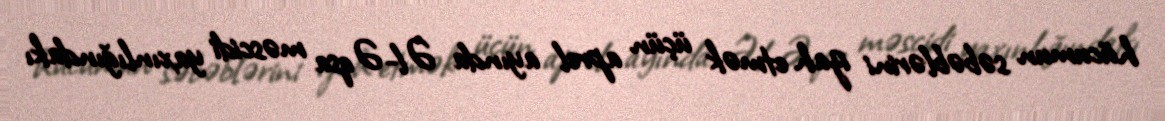
hücumun səbəblərini izah etmək üçün aprel ayında Əl-Əqsa məscidi yaxınlığındakı